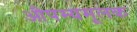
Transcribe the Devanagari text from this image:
औपम्यमूलक